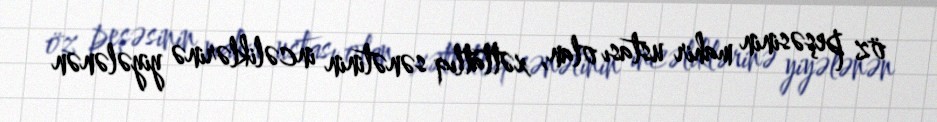
öz peşəsinin mahir ustası olan, xəttatlıq sənətinin incəliklərinə yiyələnən